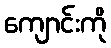
ကျောင်းကို